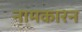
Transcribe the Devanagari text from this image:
नामकारन